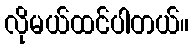
လိုမယ်ထင်ပါတယ်။